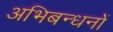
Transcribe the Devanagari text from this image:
अभिबन्धनों